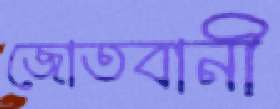
জোতবানী